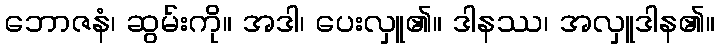
ဘောဇနံ၊ ဆွမ်းကို။ အဒါ၊ ပေးလှူ၏။ ဒါနဿ၊ အလှူဒါန၏။